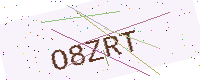
Text: O8ZRT